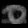
Digit: ၀